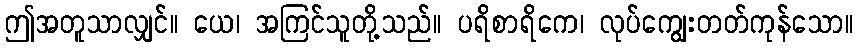
ဤအတူသာလျှင်။ ယေ၊ အကြင်သူတို့သည်။ ပရိစာရိကေ၊ လုပ်ကျွေးတတ်ကုန်သော။